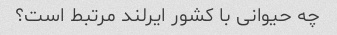
چه حیوانی با کشور ایرلند مرتبط است؟